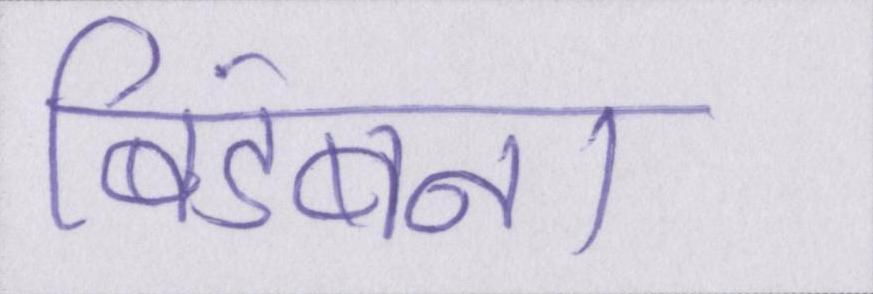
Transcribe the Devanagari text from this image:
बिडंबना